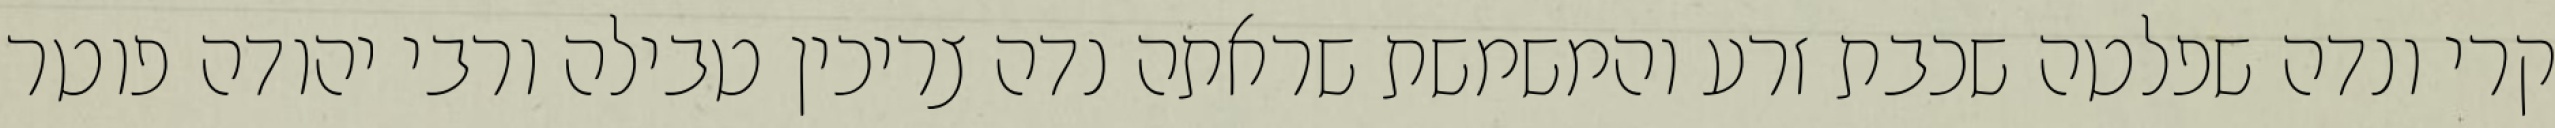
קרי ונדה שפלטה שכבת זרע והמשמשת שראתה נדה צריכין טבילה ורבי יהודה פוטר